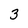
Character: 3